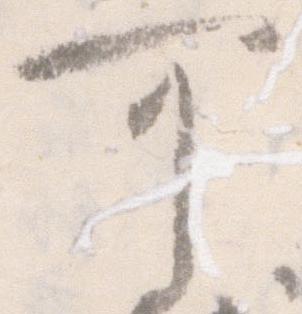
可